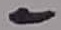
Text: 1